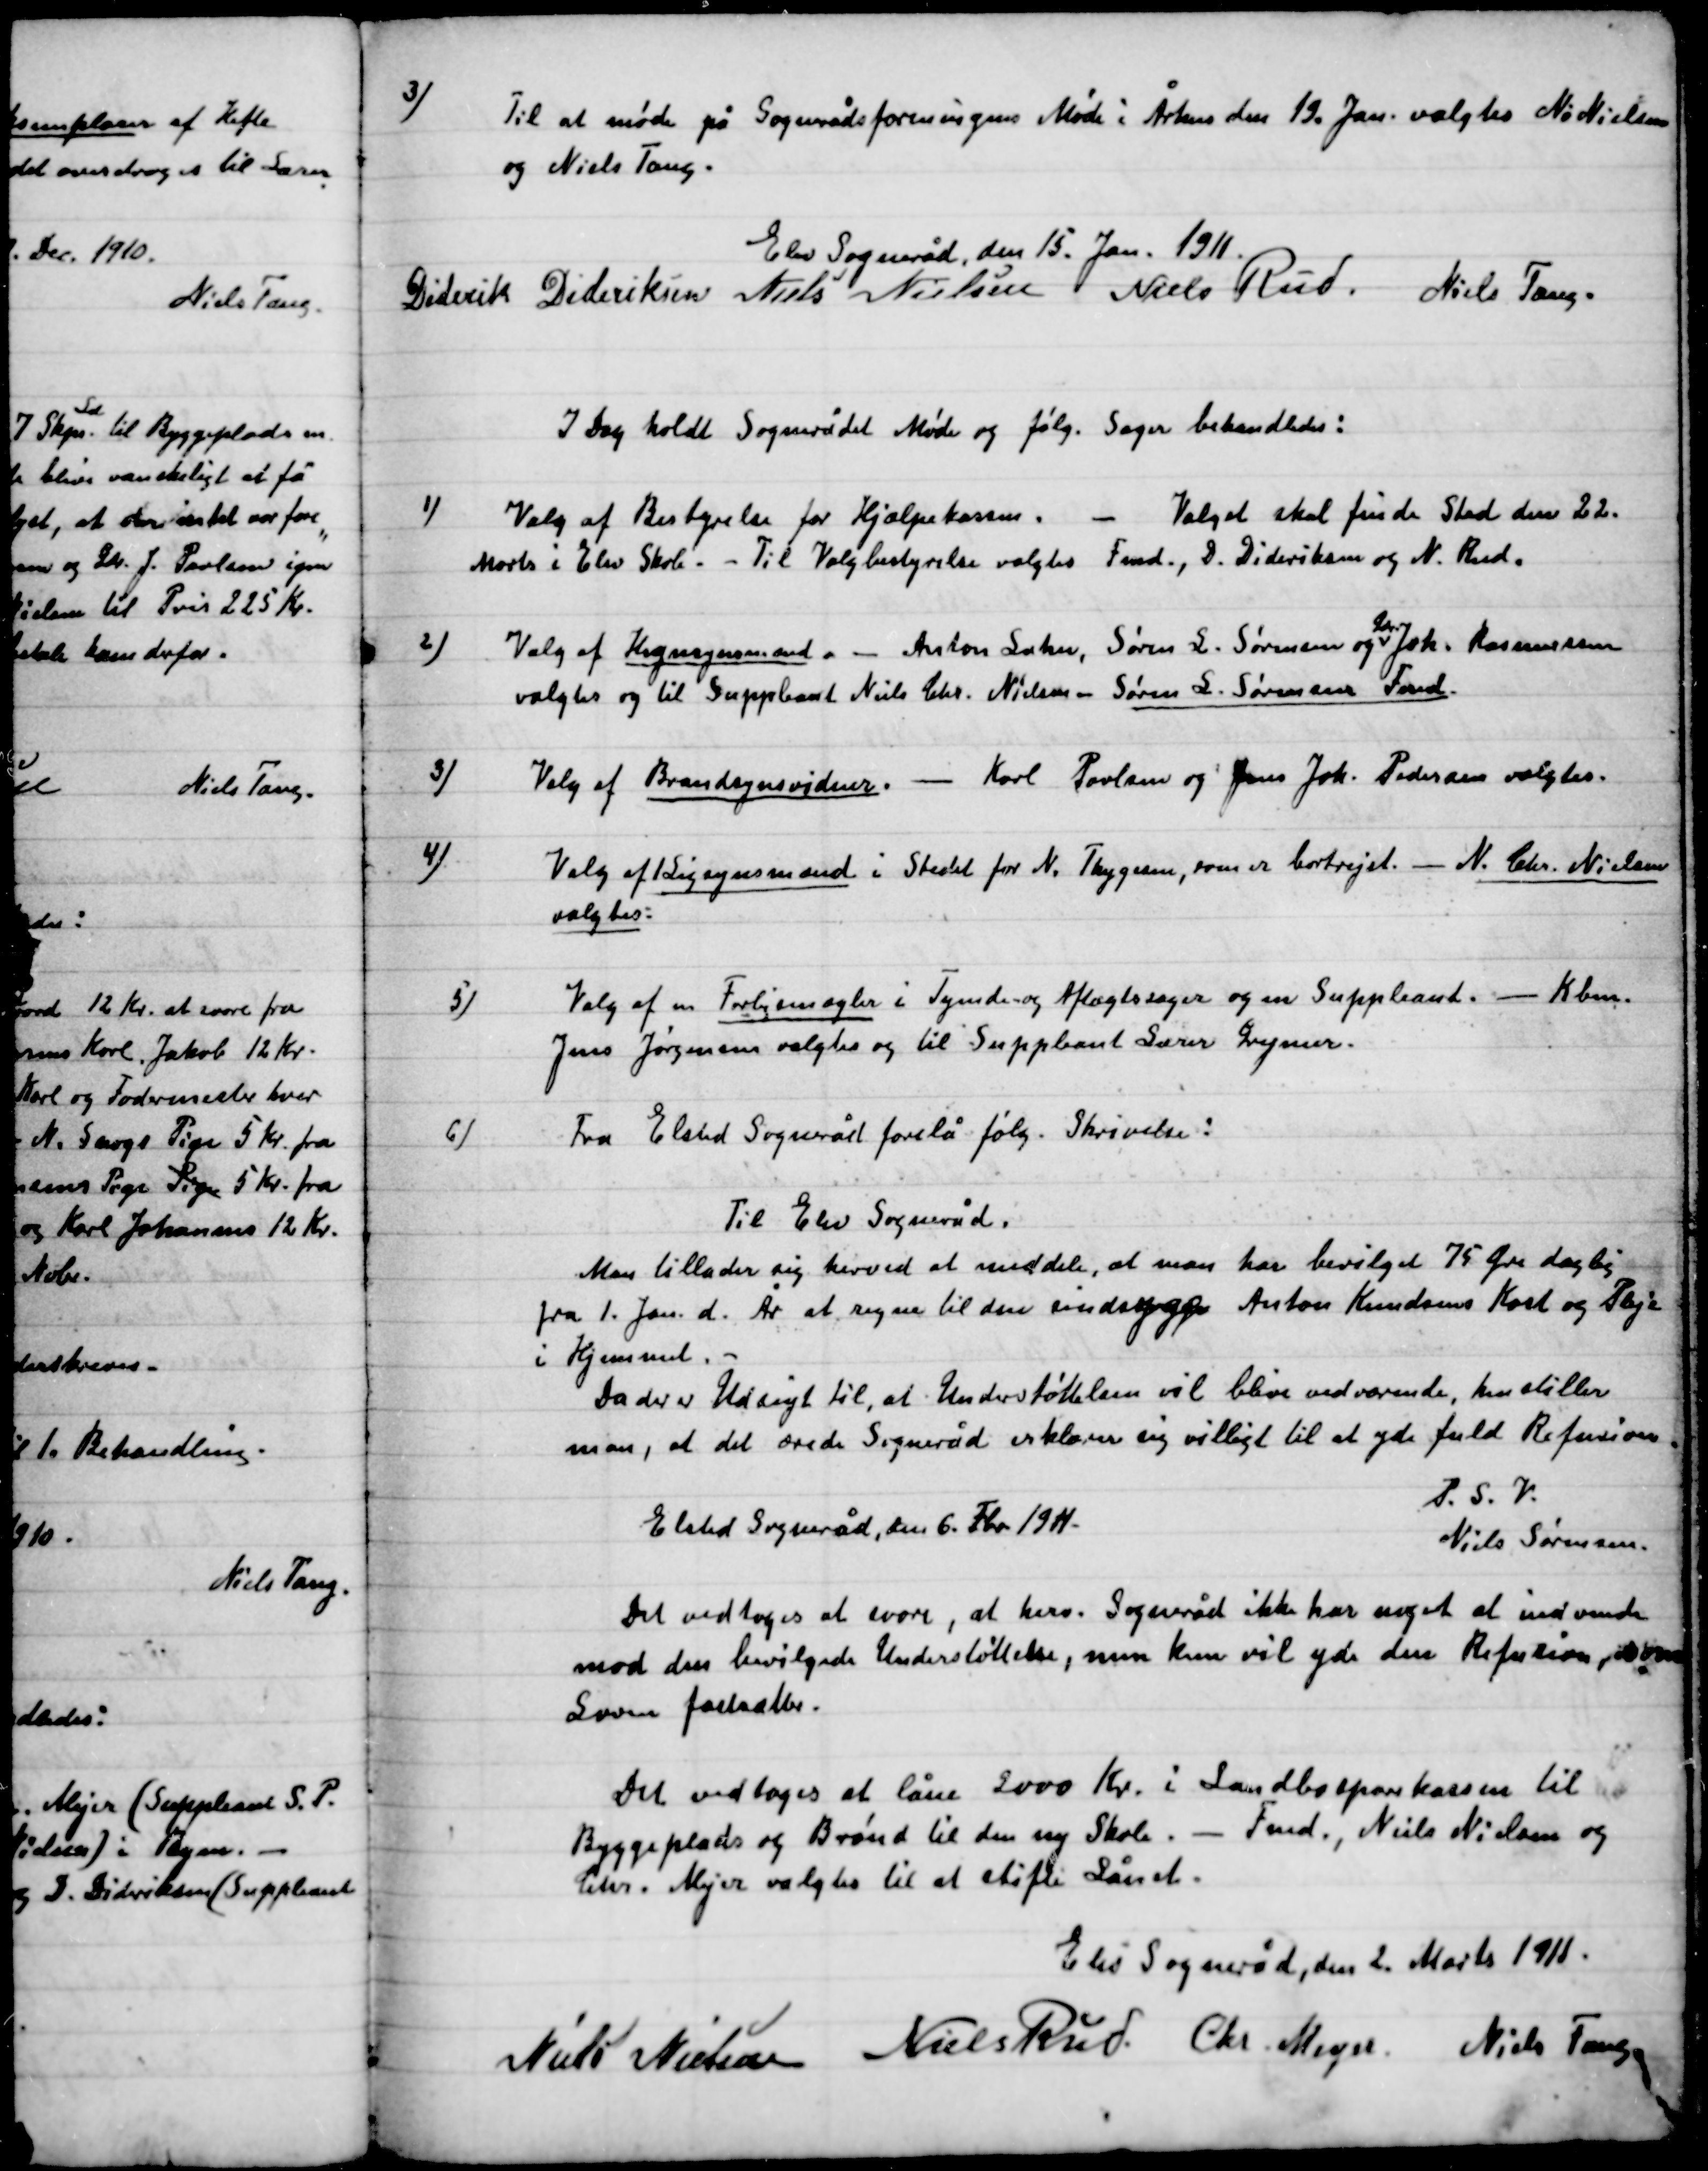
Transskription:
3)

Til at møde på Sognerådsforeningens Møde i Århus den 18. Jan. Valgtes N. Nielsen
og Niels Tang.

Elev Sogneråd  den 15. Jan. 1911.

Diderik Dideriksen
Niels Nielsen
Niels Rud.
Niels Tang.

I Dag holdt Sognerådet Møde og følg. Sager behandledes:

1)

Valg af Bestyrelse for Hjælpe kassen. – Valget skal finde Sted den 22.
Marts i Elev skole. – Til Valgbestyrelse valgtes Fmd., D. Dideriksen, og Niels Rud.

2)

Valg af Hegnsynsmand. – Anton Sæker, Søren L. Sørensen og Chr. Joh. Rasmussen
Valgtes og til Suppleant Niels Chr. Nielsen, Søren S. Sørensens Fmd.

3)

Valg af Brandsynsvidner. – Karl Poulsen og Jens Joh. Pedersen valgtes.

4)

Valg af Ligsynsmand i stedet for N. Thygesen, som er bortrejst. – N. Chr. Nielsen
Valgtes.

5)

Valg af en Forligsmægler Tyende og Aftægtssager og en Suppleant- Kbm.
Jens Jørgensen valgtes og til Suppleant Lærer Grymer.

6)

Fra Elsted Sogneråd forelå følg. Skrivelse:
Til Elev Sogneråd.
Man tillader sig herved at meddele, at man har bevilgede 75 Øre daglig
Fra 1. Jan. d. År at regne til den sindssyge Anton Knudsens Kost og Pleje
I Hjemmet. -
Da der er Udsigt til, at Understøttelsen vil blive vedvarende, henstiller
man, at det ærede Sogneråd erklære sig villigt til at yde fuld Refusion.
P.S.V.
Niels Sørensen
Elsted Sogneråd, den 6. Feb. 1911.

Det vedtoges at svare, at herv. Sogneråd ikke har noget at indvende
mod den bevilgede Understøttelse, men kun vil yde den Refusion som
Loven fastsætter.
Det vedtoges at låne 2000 Kr. i Landbosparekassen til
Byggeplads og Brønd til den ny Skole. – Fmd., Niels Nielsen og
Chr. Mejer valgtes til at stifte Lånet.

Elev Sogneråd, den 2. Marts 1911

Niels Nielsen
Niels Rud
Chr. Mejer
Niels Tang